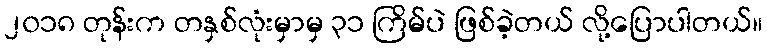
၂၀၁၈ တုန်းက တနှစ်လုံးမှာမှ ၃၁ ကြိမ်ပဲ ဖြစ်ခဲ့တယ် လို့ပြောပါတယ်။